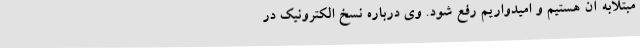
مبتلابه آن هستیم و امیدواریم رفع شود. وی درباره نسخ الکترونیک در